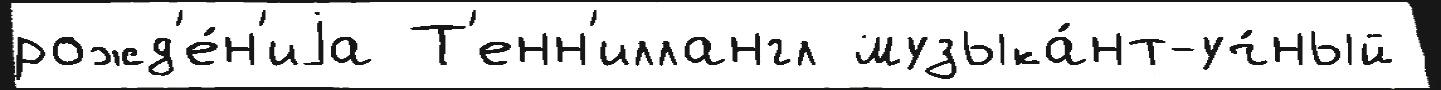
рожд'е́н'иjа Т'енн'иллангл музыка́нт-уч́ный